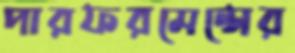
পারফরমেন্সের